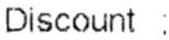
DISCOUNT :